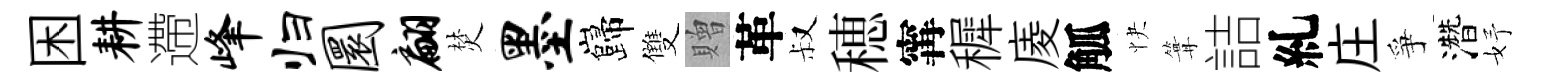
困耕遰峰归圜翩焚墨巋雙贈革叔穂𡩋穉庱觚快篝詰糺庄爭濳妤